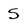
Character: S